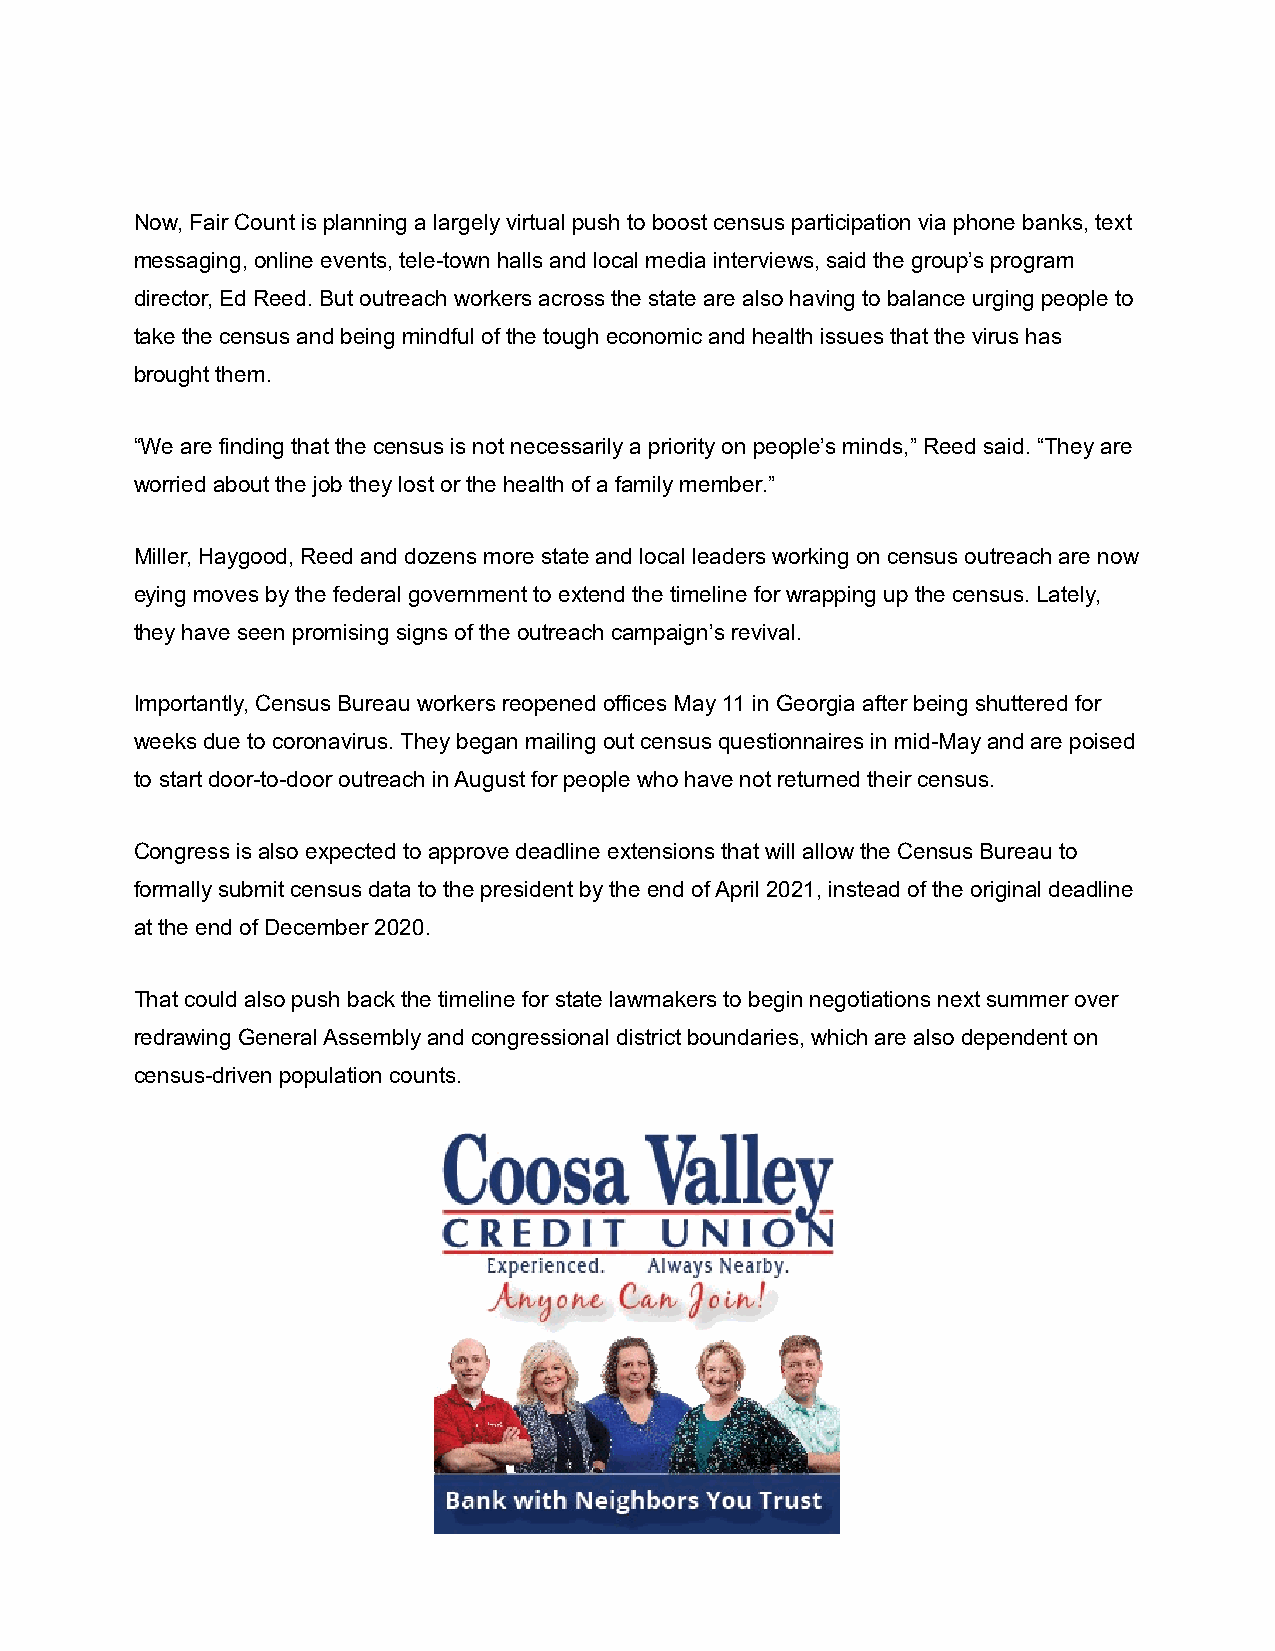
Now, Fair Count is planning a largely virtual push to boost census participation via phone banks, text
 messaging, online events, tele-town halls and local media interviews, said the group’s program
 director, Ed Reed. But outreach workers across the state are also having to balance urging people to
 take the census and being mindful of the tough economic and health issues that the virus has
 brought them.
 “We are finding that the census is not necessarily a priority on people’s minds,” Reed said. “They are
 worried about the job they lost or the health of a family member.”
 Miller, Haygood, Reed and dozens more state and local leaders working on census outreach are now
 eying moves by the federal government to extend the timeline for wrapping up the census. Lately,
 they have seen promising signs of the outreach campaign’s revival.
 Importantly, Census Bureau workers reopened offices May 11 in Georgia after being shuttered for
 weeks due to coronavirus. They began mailing out census questionnaires in mid-May and are poised
 to start door-to-door outreach in August for people who have not returned their census.
 Congress is also expected to approve deadline extensions that will allow the Census Bureau to
 formally submit census data to the president by the end of April 2021, instead of the original deadline
 at the end of December 2020.
 That could also push back the timeline for state lawmakers to begin negotiations next summer over
 redrawing General Assembly and congressional district boundaries, which are also dependent on
 census-driven population counts.